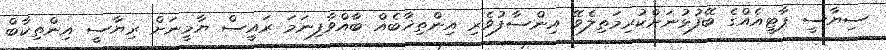
ސިޔާސީ ޕާޓީއެއްގެ ބޭފުޅުނަށްކުރިމަތިލެވޭ އިންސާފުވެރި އިންތިޚާބެއް ބާއްވާފިނަމަ ރައީސް ޔާމީނަށް ރިޔާސީ އިންތިކާބް